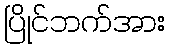
ပြိုင်ဘက်အား